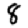
Digit: 8